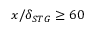
x / \delta _ { S T G } \geq 6 0